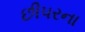
છીપરના